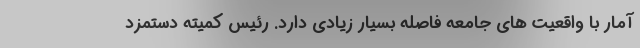
آمار با واقعیت های جامعه فاصله بسیار زیادی دارد. رئیس کمیته دستمزد